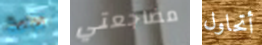
براءة مضاجعتي أتحاول